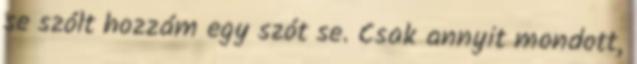
se szólt hozzám egy szót se. Csak annyit mondott,